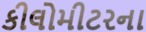
કીલોમીટરના